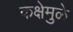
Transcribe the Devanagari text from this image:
कक्षेमुळे